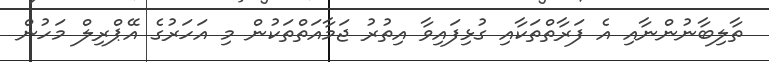
ތާލިބާނުންނާއި އެ ފަރާތްތަކާއި ގުޅިފައިވާ އިތުރު ޖަމާއަތްތަކުން މި އަހަރުގެ އޭޕްރިލް މަހުން